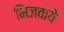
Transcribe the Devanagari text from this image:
भिजवाये